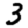
Digit: 3